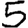
Digit: 5